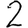
Digit: 2